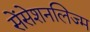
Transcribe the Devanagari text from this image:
सेंसेशनलिज्म